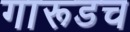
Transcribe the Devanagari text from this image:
गारूडच